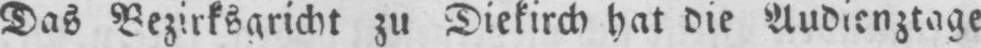
Das Bezirksgricht zu Diekirch hat die Audienztage